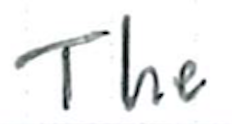
Text: The
Cross-out: clean
Writing tool: ballpoint